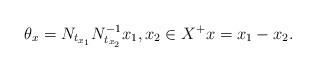
LaTeX: \begin{align*}\theta_x = N_{t_{x_1}} N_{t_{x_2}}^{-1} x_1 ,x_2 \in X^+ x = x_1 - x_2 . \end{align*}